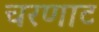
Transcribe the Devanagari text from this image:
चरणाट